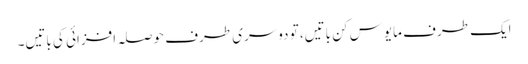
ایک طرف مایوس کن باتیں، تو دوسری طرف حوصلہ افزائی کی باتیں۔